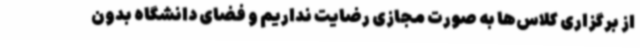
از برگزاری کلاس‌ها به صورت مجازی رضایت نداریم و فضای دانشگاه بدون